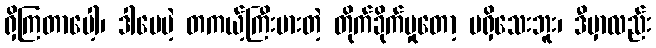
ရှိကြတာပေါ့၊ ဒါပေမဲ့ တကယ့်ကြီးမားတဲ့ တိုက်ခိုက်မှုတော့ မရှိသေးဘူး၊ ဒီမှာလည်း